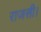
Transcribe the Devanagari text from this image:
राजसी।